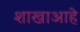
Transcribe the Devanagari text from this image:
शाखाआहे